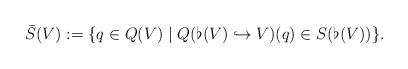
LaTeX: \begin{align*}\bar{S}(V) := \{ q \in Q(V) \;|\; Q(\flat(V) \hookrightarrow V)(q) \in S(\flat(V)) \}.\end{align*}